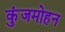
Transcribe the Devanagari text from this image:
कुंजमोहन